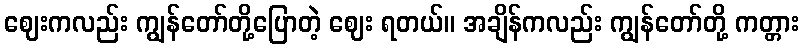
ဈေးကလည်း ကျွန်တော်တို့ပြောတဲ့ ဈေး ရတယ်။ အချိန်ကလည်း ကျွန်တော်တို့ ကတ္တား